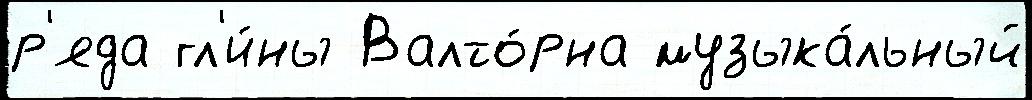
р'яда гл'и́ны Валто́рна музыка́льный